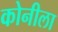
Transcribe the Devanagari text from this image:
कोनीला